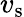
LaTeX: v_{\mathrm{s}}